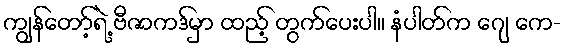
ကျွန်တော့်ရဲ့ ဗီဇာကဒ်မှာ ထည့် တွက်ပေးပါ။ နံပါတ်က ဂျေ ကေ-